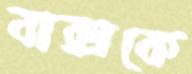
বাক্সকে